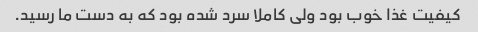
کیفیت غذا خوب بود ولى کاملا سرد شده بود که به دست ما رسید.